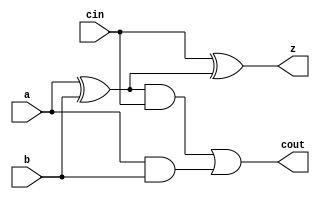

module yAdder1 (z, cout, a, b, cin) ;

   output z, cout;
   input  a, b, cin;

   xor left_xor(tmp, a, b);
   xor right_xor(z, cin, tmp);
   and left_and(outL, a, b);
   and right_and(outR, tmp, cin);
   or my_or(cout, outR, outL);

endmodule // yAdder1

module yAdder (z, cout, a, b, cin) ;

   output [3:0] z;
   output        cout;
   input  [3:0] a, b;
   input         cin;
   wire   [3:0] in, out;

   yAdder1 mine [3:0] (z, out, a, b, in);

   assign in[0] = cin;

   genvar        i;
   generate
      for (i = 1; i < 4; i = i + 1) begin : asg
         assign in[i] = out[i-1];
      end
   endgenerate

   assign cout = out[3];

endmodule // yAdder

module yMux1(z, a, b, c);
   output z;
   input  a, b, c;
   wire   notC, upper, lower;

   not my_not(notC, c);
   and upperAnd(upper, a, notC);
   and lowerAnd(lower, c, b);
   or my_or(z, upper, lower);

endmodule // yMux1


module yArith (z, cout, a, b, ctrl) ;
   
   output [3:0] z;
   output cout;
   input  [3:0] a, b;
   input  ctrl;
   wire   [3:0] notB, tmp;
   wire   cin;

   assign cin = ctrl;
   not my_not [3:0] (notB, b);
   yMux #(4) mux(tmp, b, notB, cin);
   yAdder adder(z, cout, a, tmp, cin);

endmodule // yArith

module yMux(z, a, b, c);
   parameter SIZE = 2;
   output [SIZE-1:0] z;
   input  [SIZE-1:0] a, b;
   input  c;

   yMux1 mine[SIZE-1:0](z, a, b, c);

endmodule // yMux


module yMux4to1(z, a0, a1, a2, a3, c);
   parameter SIZE = 2;
   output [SIZE-1:0] z;
   input  [SIZE-1:0] a0, a1, a2, a3;
   input  [1:0] c;
   wire   [SIZE-1:0] zLo, zHi;

   yMux #(SIZE) lo(zLo, a0, a1, c[0]);
   yMux #(SIZE) hi(zHi, a2, a3, c[0]);
   yMux #(SIZE) final(z, zLo, zHi, c[1]);

endmodule // yMux4to1


module ALU4 (z,a, b, op) ;

   input [3:0] a, b;
   input [2:0]  op;
   output [3:0] z;
   wire          cout;
   wire [3:0]   alu_and, alu_or, alu_arith, slt, tmp;
    xor (condition, a[3:0], b[3:0]); /// nxor is negated in the test bench
 
   and m_and [3:0] (alu_and, a, b);
   or m_or [3:0] (alu_or, a, b);
   yArith m_arith (alu_arith, cout, a, b, op[2]);
   yMux4to1 #(.SIZE(4)) mux(z, alu_and, alu_or, alu_arith, slt, op[1:0]);

endmodule 

module t_Alu ;

   reg   [3:0] a, b, expect;
   reg   [2:0] op;
   reg [2:0] ctrl;
   wire [3:0] z;
   reg         ok = 0, flag;
   reg   [2:0] operator;

   ALU4 alu(z, a, b, op);

   initial
     begin
        repeat (10)
          begin
             a = $random;
             b = $random;
             ctrl = 3'b000; // Change this value accordingly *For testing*
             
             if (ctrl === 3'b000)
                expect = a & b;
              
           
             else if (ctrl === 3'b001) 
                expect = a | b;
              
             else if (ctrl === 3'b010)
                expect = a + b;
                
             else if (ctrl === 3'b110) 
                expect = ~(a+b);            
           

             #5;

                   
               $display(" a=%b b=%b z=%b",
                        a, b, expect);
            
          end
        $finish;
     end

endmodule